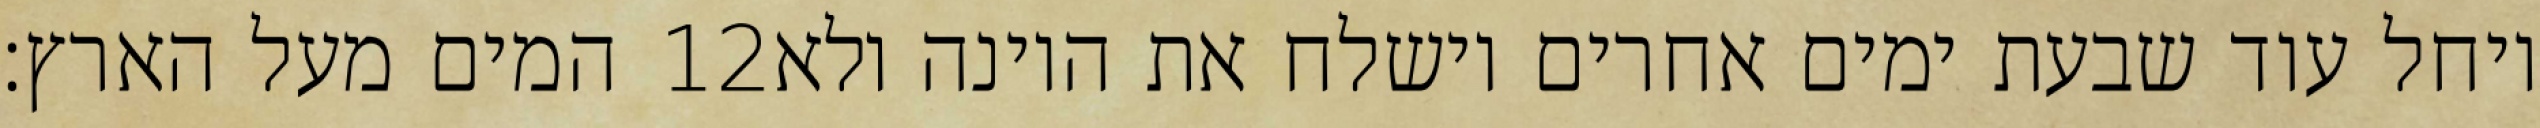
המים מעל הארץ׃ ‎12‏ ויחל עוד שבעת ימים אחרים וישלח את היונה ולא